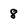
Character: 8